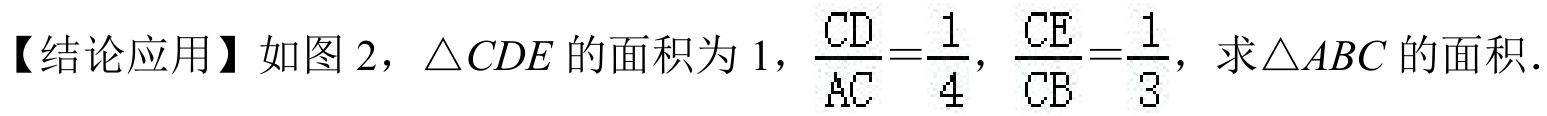
【结论应用】如图 2，$\triangle CDE$的面积为 1，$\frac{CD}{AC}=\frac{1}{4}$，$\frac{CE}{CB}=\frac{1}{3}$，求$\triangle ABC$的面积．